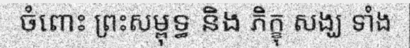
ចំពោះ ព្រះសម្ពុទ្ធ និង ភិក្ខុ សង្ឃ ទាំង